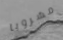
مشروبا